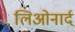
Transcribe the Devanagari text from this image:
लिओनार्द